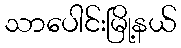
သာပေါင်းမြို့နယ်